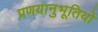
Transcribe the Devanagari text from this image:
प्रणयानुभूतियों